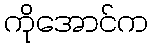
ကိုအောင်က